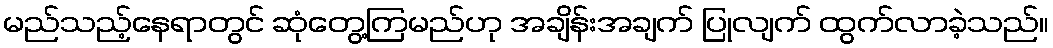
မည်သည့်နေရာတွင် ဆုံတွေ့ကြမည်ဟု အချိန်းအချက် ပြုလျက် ထွက်လာခဲ့သည်။